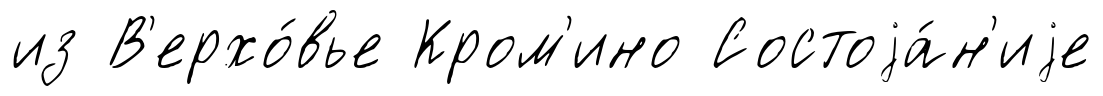
из В'ерхо́вье Кром'ино Состоjа́н'иjе